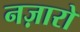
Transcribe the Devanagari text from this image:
नज़ारो